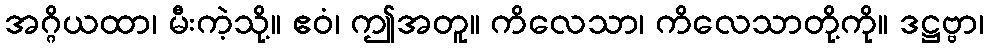
အဂ္ဂိယထာ၊ မီးကဲ့သို့။ ဧဝံ၊ ဤအတူ။ ကိလေသာ၊ ကိလေသာတို့ကို။ ဒဋ္ဌဗ္ဗာ၊